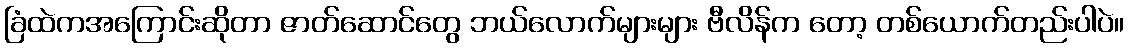
ခြံထဲကအကြောင်းဆိုတာ ဇာတ်ဆောင်တွေ ဘယ်လောက်များများ ဗီလိန်က တော့ တစ်ယောက်တည်းပါပဲ။